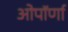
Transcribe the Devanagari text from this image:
ओपॉर्णा